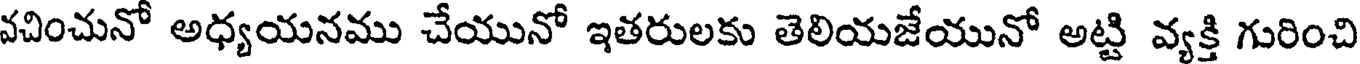
వచించునో అధ్యయనము చేయునో ఇతరులకు తెలియజేయునో అట్టి వ్యక్తి గురించి